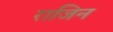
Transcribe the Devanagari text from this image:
राजिन